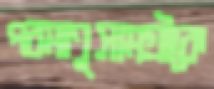
পরমাণুসামগ্রীকে